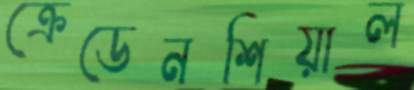
ক্রেডেনশিয়াল